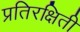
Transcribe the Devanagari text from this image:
प्रतिरक्षिती